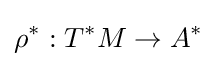
\rho ^{*}:T^{*}M\to A^{*}